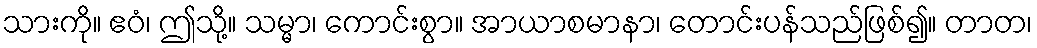
သားကို။ ဧဝံ၊ ဤသို့။ သမ္မာ၊ ကောင်းစွာ။ အာယာစမာနာ၊ တောင်းပန်သည်ဖြစ်၍။ တာတ၊